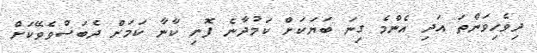
ދިވެހިވަންތަ އަދި އެންމެ ގިނަ ބަޔަކަށް ކަމުދާނެ ފޮނި ކާނާ ކަމަށް ދެބަސްވެވޭކަށް